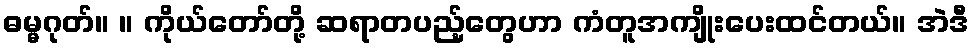
ဓမ္မဂုတ်။ ။ ကိုယ်တော်တို့ ဆရာတပည့်တွေဟာ ကံတူအကျိုးပေးထင်တယ်။ အဲဒီ